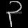
Digit: ၃